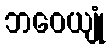
ဘဝေယျုံ